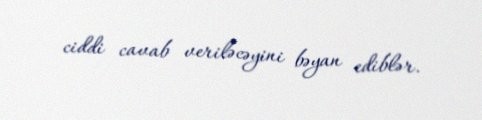
ciddi cavab veriləcəyini bəyan ediblər.